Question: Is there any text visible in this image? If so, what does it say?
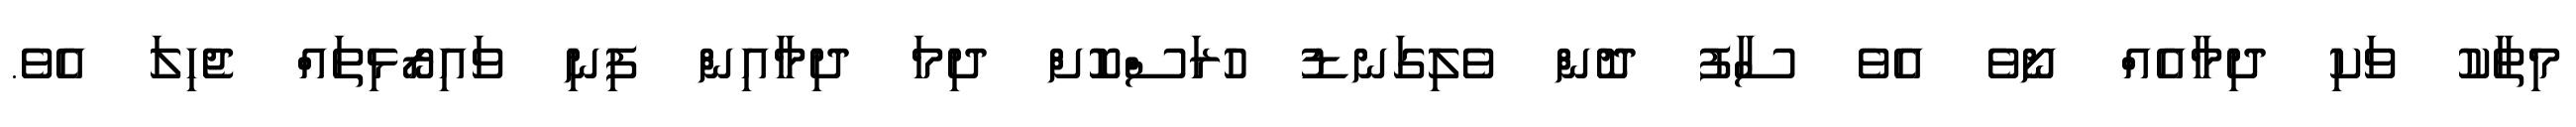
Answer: މިތާކު ވަކި ދިމާއެއް ނޯވެ އެވެ ސާފު ދޮން ވެލިގަނޑު ހުރަސްކޮށް ދިމަ ދިމާއިން ފިނި ވައިރޯޅިތައް ޖެހިލަ އެވެ.